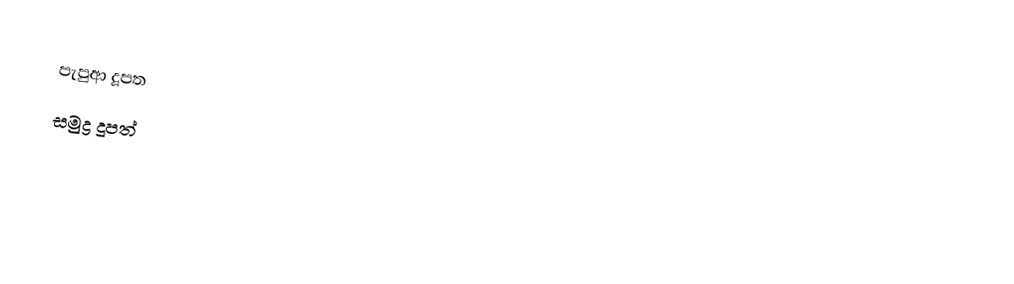
පැපුආ දූපත
සමුද්‍ර දූපත්